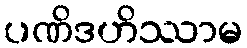
ပဏိဒဟိဿာမ